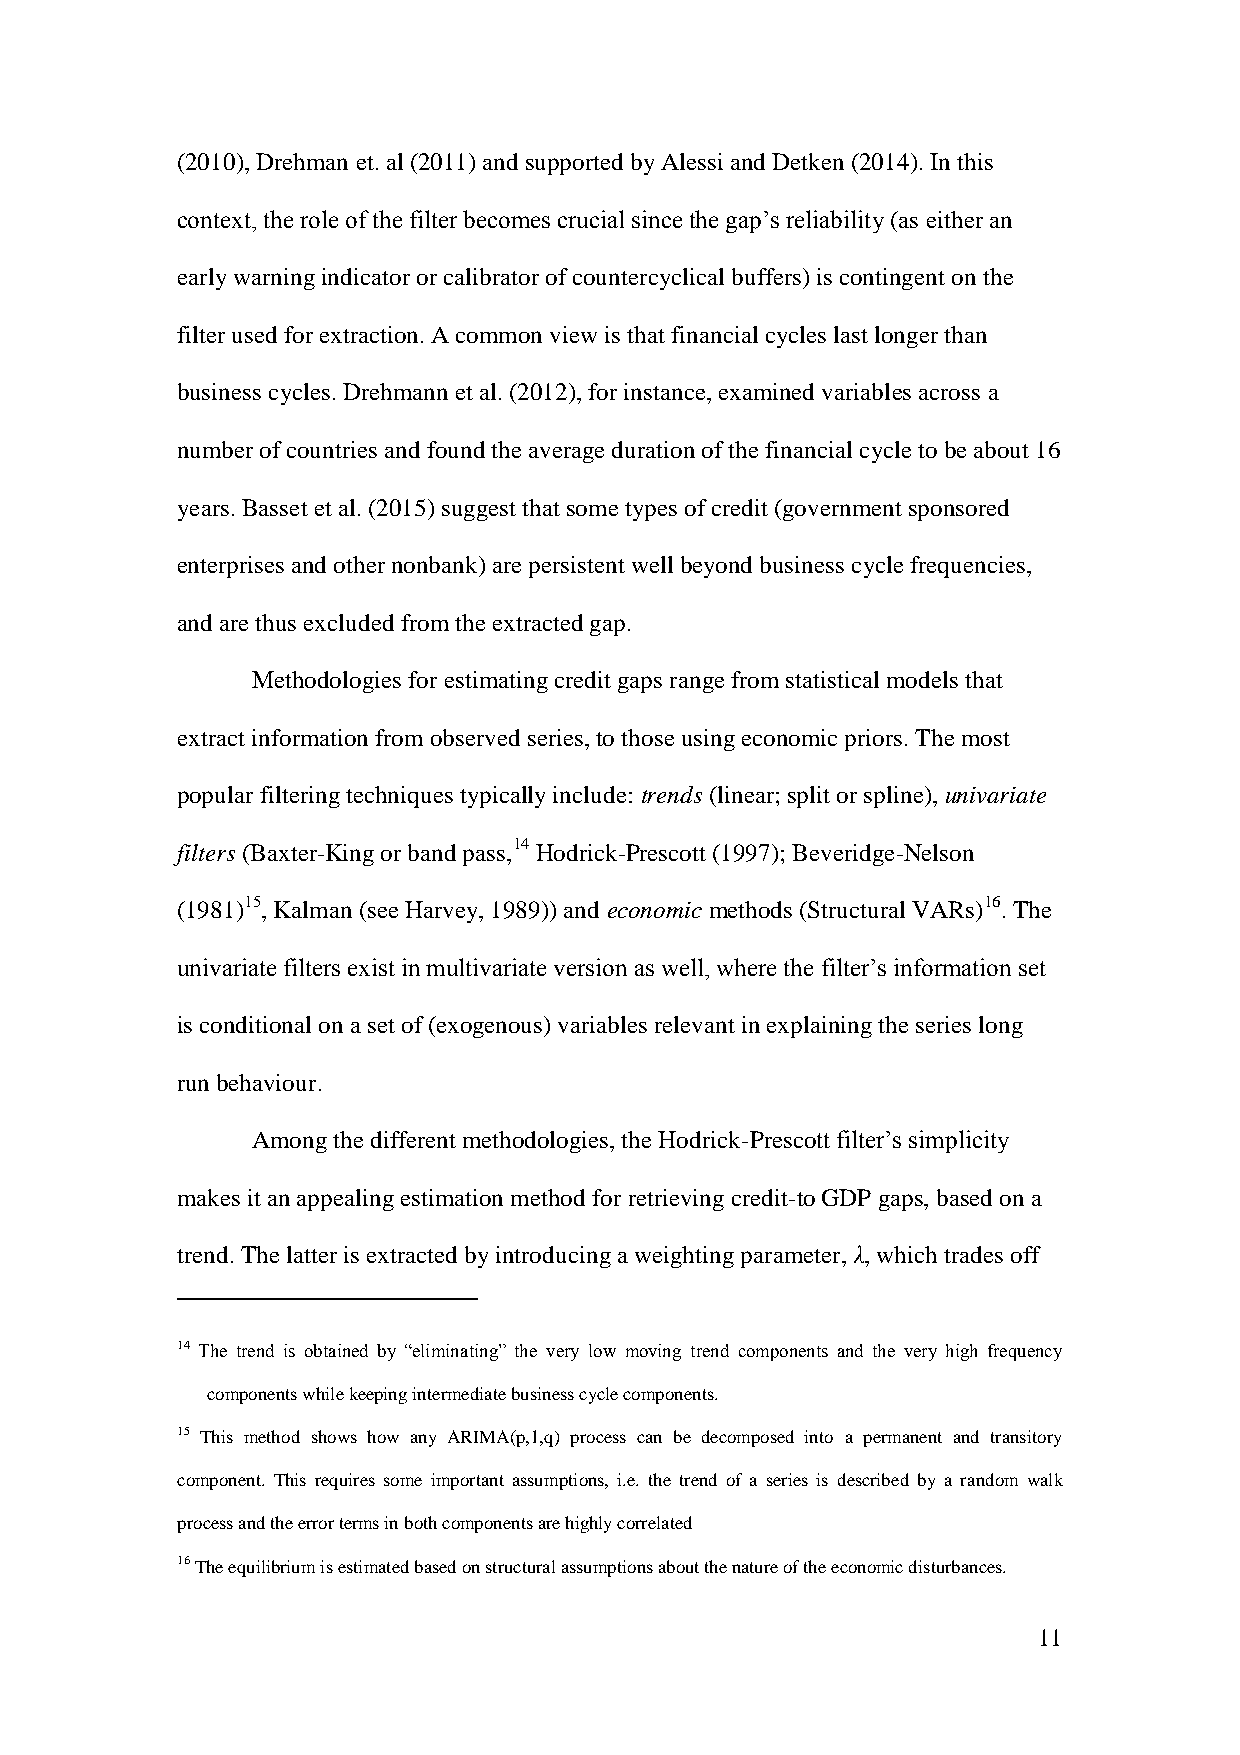
(2010), Drehman et. al (2011) and supported by Alessi and Detken (2014). In this
 context, the role of the filter becomes crucial since the gap’s reliability (as either an
 early warning indicator or calibrator of countercyclical buffers) is contingent on the
 filter used for extraction. A common view is that financial cycles last longer than
 business cycles. Drehmann et al. (2012), for instance, examined variables across a
 number of countries and found the average duration of the financial cycle to be about 16
 years. Basset et al. (2015) suggest that some types of credit (government sponsored
 enterprises and other nonbank) are persistent well beyond business cycle frequencies,
 and are thus excluded from the extracted gap.
 Methodologies for estimating credit gaps range from statistical models that
 extract information from observed series, to those using economic priors. The most
 popular filtering techniques typically include: trends (linear; split or spline), univariate
 filters (Baxter-King or band pass,14 Hodrick-Prescott (1997); Beveridge-Nelson
 (1981)15, Kalman (see Harvey, 1989)) and economic methods (Structural VARs)16. The
 univariate filters exist in multivariate version as well, where the filter’s information set
 is conditional on a set of (exogenous) variables relevant in explaining the series long
 run behaviour.
 Among the different methodologies, the Hodrick-Prescott filter’s simplicity
 makes it an appealing estimation method for retrieving credit-to GDP gaps, based on a
 trend. The latter is extracted by introducing a weighting parameter, λ, which trades off
 14 The trend is obtained by “eliminating” the very low moving trend components and the very high frequency
 components while keeping intermediate business cycle components.
 15 This method shows how any ARIMA(p,1,q) process can be decomposed into a permanent and transitory
 component. This requires some important assumptions, i.e. the trend of a series is described by a random walk
 process and the error terms in both components are highly correlated
 16 The equilibrium is estimated based on structural assumptions about the nature of the economic disturbances.
 11